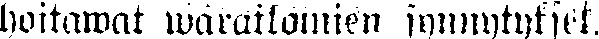
hoitawat warattomien synnytykset.